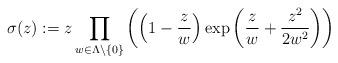
LaTeX: \begin{align*}\sigma(z) := z\prod_{w\in \Lambda\setminus\{0\}}\left(\left(1-\frac{z}{w}\right)\exp\left(\frac{z}{w}+\frac{z^2}{2w^2}\right)\right)\end{align*}